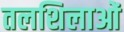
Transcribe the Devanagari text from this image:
तलशिलाओं